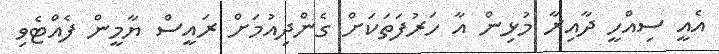
އެއީ ސިއްހީ ދާއިރާ މުޅިން އާ ހަރުފަތަކަށް ގެންދިއުމަށް ރައީސް ޔާމީން ފެއްޓެވި